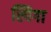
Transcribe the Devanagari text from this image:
स्पिगा